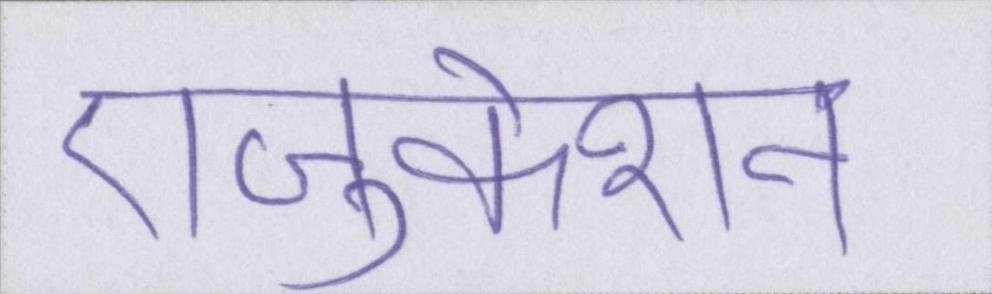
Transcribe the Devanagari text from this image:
एजुकेशन